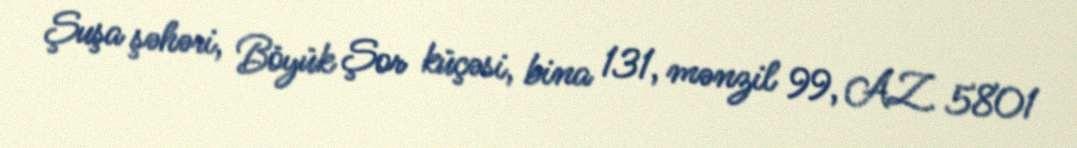
Şuşa şəhəri, Böyük Şor küçəsi, bina 131, mənzil 99, AZ 5801